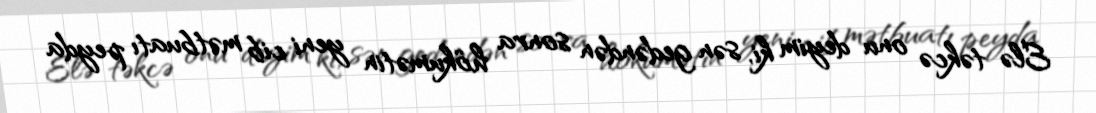
Elə təkcə onu deyim ki, sən gedəndən sonra hökumətin yeni cib mətbuatı peyda